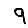
Digit: 9